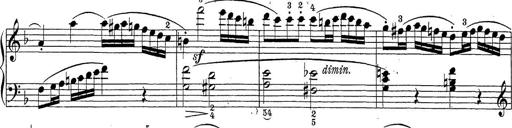
Title: Sonatina Album
Composer: Louis KÃ¶hler